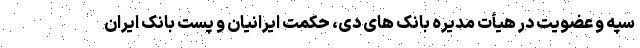
سپه و عضویت در هیأت مدیره بانک های دی، حکمت ایرانیان و پست بانک ایران